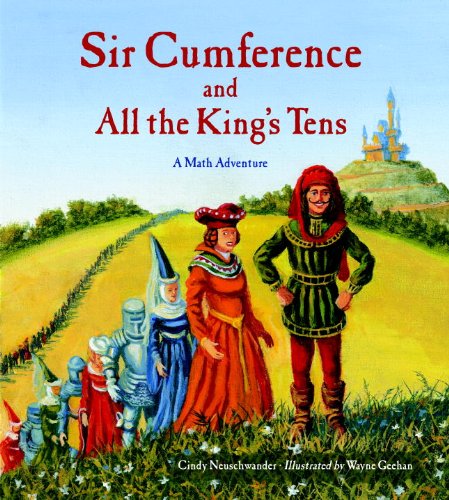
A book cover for Sir Cumference and All the King's Tens: A Math Adventure; Cindy Neuschwander; Children's Books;